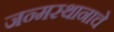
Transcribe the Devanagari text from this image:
जन्मस्थानाचे